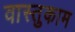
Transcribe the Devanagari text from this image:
वास्तुकाम